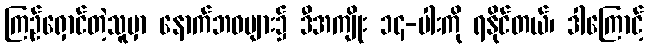
ကြဉ်ရှောင်တဲ့သူမှာ နောက်ဘဝများ၌ ဒီအကျိုး ၁၄-ပါးကို ရနိုင်တယ်၊ ဒါကြောင့်